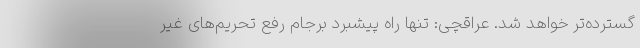
گسترده‌تر خواهد شد. عراقچی: تنها راه پیشبرد برجام رفع تحریم‌های غیر